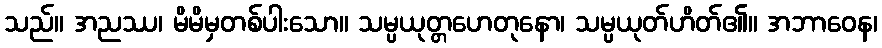
သည်။ အညဿ၊ မိမိမှတစ်ပါးသော။ သမ္ပယုတ္တဟေတုနော၊ သမ္ပယုတ်ဟိတ်၏။ အဘာဝေန၊